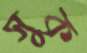
সুক